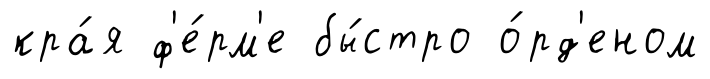
кра́я ф'е́рм'е бы́стро о́рд'еном